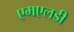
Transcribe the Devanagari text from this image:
एमएलडी